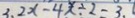
3 . 2 x - 4 x \div 2 = 3 .